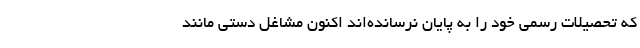
که تحصیلات رسمی خود را به پایان نرسانده‌اند اکنون مشاغل دستی مانند